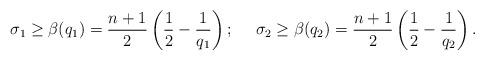
LaTeX: \begin{align*} &\sigma_1 \geq \beta (q_1) = \frac{n+1}{2} \left(\frac{1}{2} - \frac{1}{q_1}\right);& &\sigma_2 \geq \beta (q_2) = \frac{n+1}{2} \left(\frac{1}{2} - \frac{1}{q_2}\right).& \end{align*}